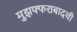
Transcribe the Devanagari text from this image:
मुझफ्फराबादची